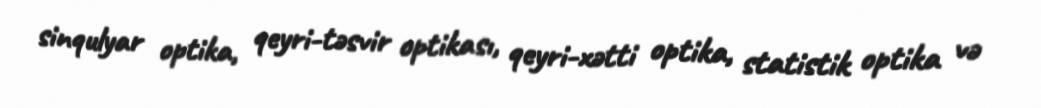
sinqulyar optika, qeyri-təsvir optikası, qeyri-xətti optika, statistik optika və